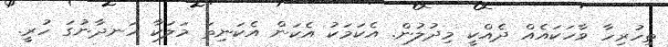
ތިހުރިހާ ވާހަކައެއް ދެއްކީ މިދުލުން. އެކަމަކު އެކަން އެކަނިތަ މަލަކާ ހަނދާނުގަ ހުރީ.